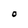
Character: O